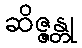
ဆိဇ္ဇန္တု